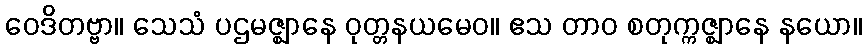
ဝေဒိတဗ္ဗာ။ သေသံ ပဌမဇ္ဈာနေ ဝုတ္တနယမေဝ။ ဧသ တာဝ စတုက္ကဇ္ဈာနေ နယော။